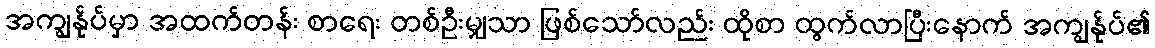
အကျွန်ုပ်မှာ အထက်တန်း စာရေး တစ်ဦးမျှသာ ဖြစ်သော်လည်း ထိုစာ ထွက်လာပြီးနောက် အကျွန်ုပ်၏